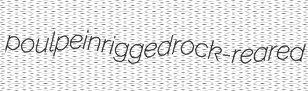
poulpe inrigged rock-reared